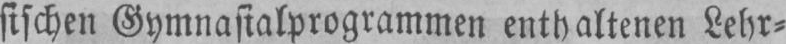
sischen Gymnasialprogrammen enthaltenen Lehr⸗